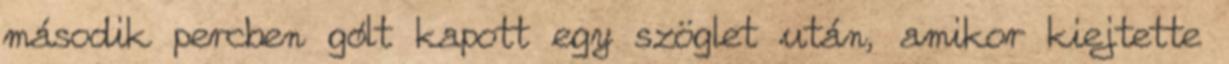
második percben gólt kapott egy szöglet után, amikor kiejtette